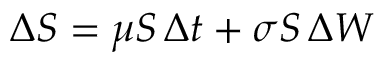
\Delta S = \mu S \, \Delta t + \sigma S \, \Delta W